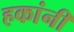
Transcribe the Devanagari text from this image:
हकांनी